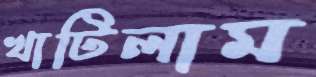
খাটিলাম